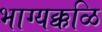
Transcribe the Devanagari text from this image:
भाग्यक्कळि